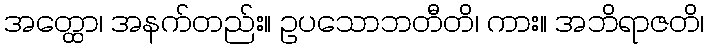
အတ္ထော၊ အနက်တည်း။ ဥပသောဘတီတိ၊ ကား။ အဘိရာဇတိ၊